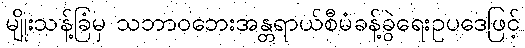
မျိုးသန့်ခြံမှ သဘာဝဘေးအန္တရာယ်စီမံခန့်ခွဲရေးဥပဒေဖြင့်